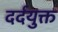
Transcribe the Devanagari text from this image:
दर्दयुक्त